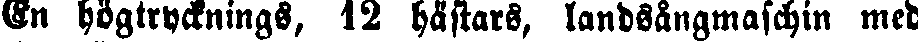
En högtrycknings, 12 hästars, landsångmaschin med